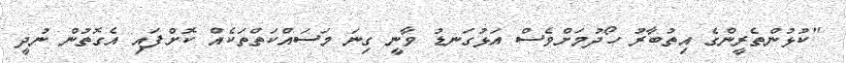
"ކުޅުންތެރީންގެ އިތުބާރު ހޯދުމަށްވެސް އަޅުގަނޑު ވާނީ ގިނަ މަސައްކަތްތަކެއް ކޮށްފައި އެގޮތުން ނުދީ